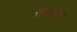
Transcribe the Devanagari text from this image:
सरफ़ेस